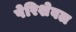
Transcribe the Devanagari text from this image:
पेरिशेबल